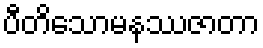
ပီတိသောမနဿဇာတာ